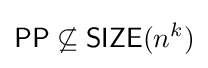
{\mathsf {PP}}\not \subseteq {\mathsf {SIZE}}(n^{k})